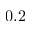
0 . 2